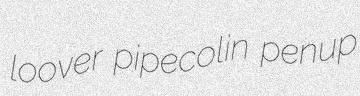
loover pipecolin penup